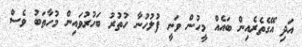
އަދި އޭގެތެރެއިން ބައެއް މީހުން ވަނީ ފުލުހުނާ ހުތުރު ބަހުރުވައިން މުހާތަބު ވެސް